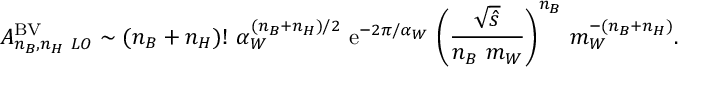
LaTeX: { \cal A } _ { n _ { B } , n _ { H } \ L O } ^ { \mathrm { B V } } \sim ( n _ { B } + n _ { H } ) ! ~ \alpha _ { W } ^ { ( n _ { B } + n _ { H } ) / 2 } ~ \mathrm { e } ^ { - 2 \pi / \alpha _ { W } } ~ \Biggl ( { \frac { \sqrt { \hat { s } } } { n _ { B } \ m _ { W } } } \Biggr ) ^ { n _ { B } } ~ m _ { W } ^ { - ( n _ { B } + n _ { H } ) } .